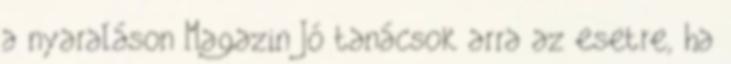
a nyaraláson Magazin Jó tanácsok arra az esetre, ha